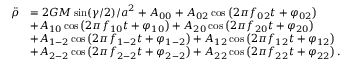
\begin{array} { r l } { \ddot { \rho } } & { = 2 G M \sin ( \gamma / 2 ) / a ^ { 2 } + A _ { 0 0 } + A _ { 0 2 } \cos \left( 2 \pi f _ { 0 2 } t + \varphi _ { 0 2 } \right) } \\ & { + A _ { 1 0 } \cos \left( 2 \pi f _ { 1 0 } t + \varphi _ { 1 0 } \right) + A _ { 2 0 } \cos \left( 2 \pi f _ { 2 0 } t + \varphi _ { 2 0 } \right) } \\ & { + A _ { 1 - 2 } \cos \left( 2 \pi f _ { 1 - 2 } t + \varphi _ { 1 - 2 } \right) + A _ { 1 2 } \cos \left( 2 \pi f _ { 1 2 } t + \varphi _ { 1 2 } \right) } \\ & { + A _ { 2 - 2 } \cos \left( 2 \pi f _ { 2 - 2 } t + \varphi _ { 2 - 2 } \right) + A _ { 2 2 } \cos \left( 2 \pi f _ { 2 2 } t + \varphi _ { 2 2 } \right) . } \end{array}